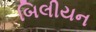
બિલીયન